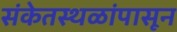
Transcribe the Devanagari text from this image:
संकेतस्थळांपासून